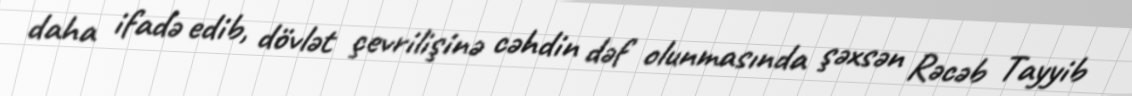
daha ifadə edib, dövlət çevrilişinə cəhdin dəf olunmasında şəxsən Rəcəb Tayyib